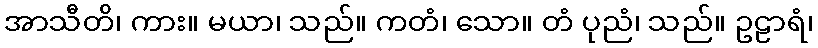
အာသီတိ၊ ကား။ မယာ၊ သည်။ ကတံ၊ သော။ တံ ပုညံ၊ သည်။ ဥဠာရံ၊